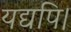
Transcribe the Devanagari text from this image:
यद्यपि।